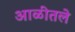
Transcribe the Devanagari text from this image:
आळीतले